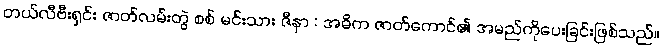
တယ်လီဗီးရှင်း ဇာတ်လမ်းတွဲ စစ် မင်းသား ဇီနာ : အဓိက ဇာတ်ကောင်၏ အမည်ကိုပေးခြင်းဖြစ်သည်။